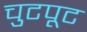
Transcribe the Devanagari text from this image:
चुटपूट